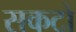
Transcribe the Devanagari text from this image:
सकटो